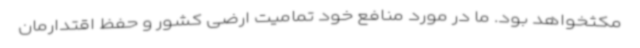
مکثخواهد بود. ما در مورد منافع خود تمامیت ارضی کشور و حفظ اقتدارمان